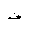
Letter: _fa